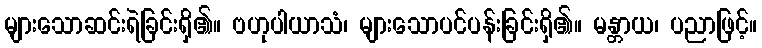
များသောဆင်းရဲခြင်းရှိ၏။ ဗဟုပါယာသံ၊ များသောပင်ပန်းခြင်းရှိ၏။ မန္တာယ၊ ပညာဖြင့်။